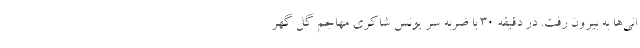
انی‌ها به بیرون رفت. در دقیقه ۳۰ با ضربه سر یونس شاکری مهاجم گل گهر